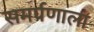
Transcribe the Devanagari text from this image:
समर्पणाला